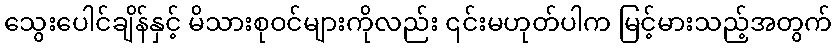
သွေးပေါင်ချိန်နှင့် မိသားစုဝင်များကိုလည်း ၎င်းမဟုတ်ပါက မြင့်မားသည့်အတွက်